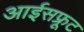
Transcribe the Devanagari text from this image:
आईसफ्रूट